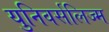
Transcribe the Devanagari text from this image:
युनिवर्सलिज्म